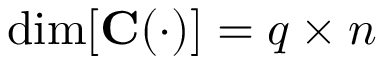
\dim [ \mathbf { C } ( \cdot ) ] = q \times n